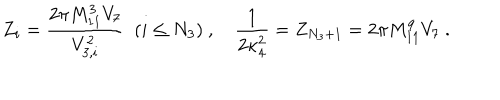
Z _ { i } = \frac { 2 \pi M _ { 1 1 } ^ { 3 } V _ { 7 } } { V _ { 3 , i } ^ { 2 } } \ \ ( i \leq N _ { 3 } ) \ , \quad \frac { 1 } { 2 \kappa _ { 4 } ^ { 2 } } = Z _ { N _ { 3 } + 1 } = { 2 \pi M _ { 1 1 } ^ { 9 } V _ { 7 } } \ .